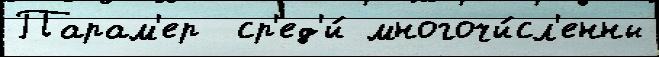
Парам'ер  ср'ед'и́ многочи́сл'енны